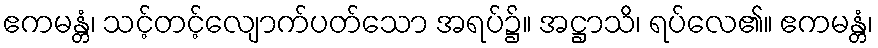
ဧကမန္တံ၊ သင့်တင့်လျောက်ပတ်သော အရပ်၌။ အဋ္ဌာသိ၊ ရပ်လေ၏။ ဧကမန္တံ၊